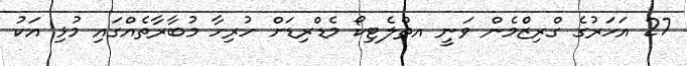
27 އަހަރުގެ ގްރިޒްެމެން ވަނީ އތްލެޓިކޯ މެޑްރިޑަށް ހުރިހާ މުބާރާތެއްގައި މުޅި އަކު